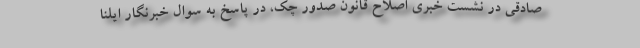
صادقی در نشست خبری اصلاح قانون صدور چک، در پاسخ به سوال خبرنگار ایلنا